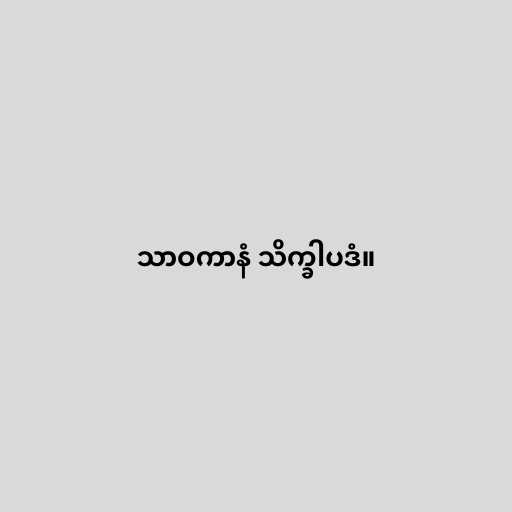
သာဝကာနံ သိက္ခါပဒံ။